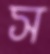
স